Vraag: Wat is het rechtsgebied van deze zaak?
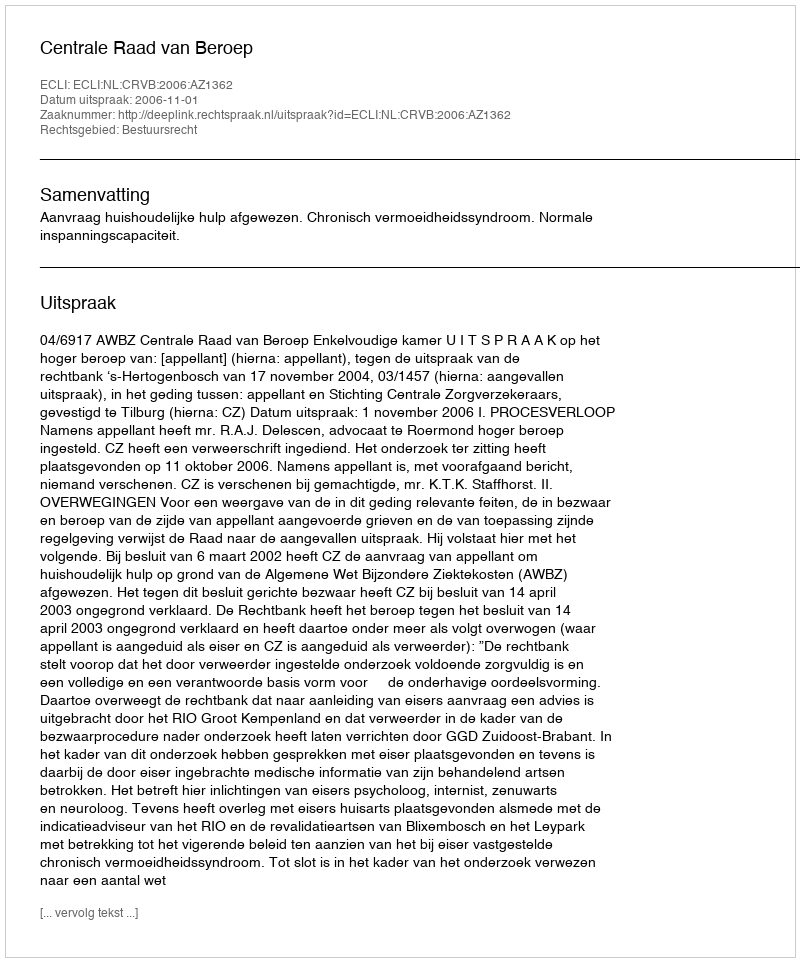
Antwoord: Bestuursrecht